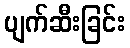
ပျက်ဆီးခြင်း